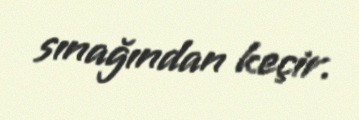
sınağından keçir.